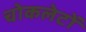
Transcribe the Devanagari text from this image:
चोकलेटों